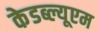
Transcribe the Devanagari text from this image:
केडब्ल्यूएम